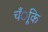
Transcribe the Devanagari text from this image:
चँूंकि